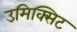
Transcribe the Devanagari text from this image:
उमिक्सिट